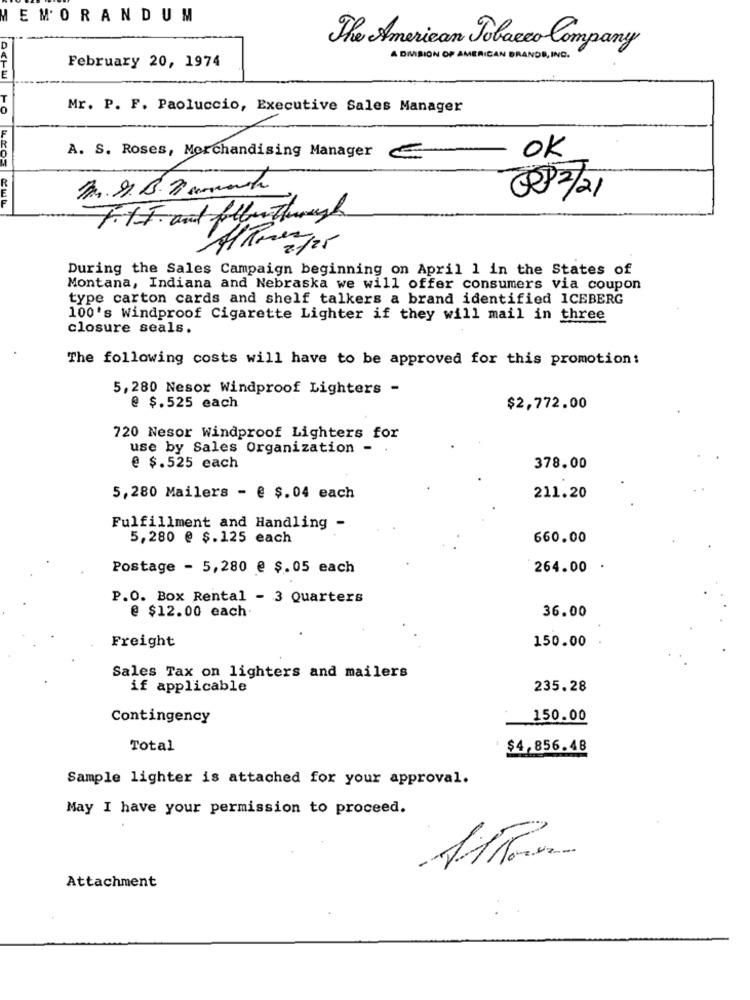
EM'ORANDUM
D
The American Tobacco Company
A DIVISION OF AMERICAN BRAND, INC.
February 20, 1974
Mr. P. F. Paoluccio, Executive Sales Manager
A. S. Roses, Merchandising Manager
OK
LEOS
@P2/21
During the Sales Campaign beginning on April 1 in the States of
Montana, Indiana and Nebraska we will offer consumers via coupon
type carton cards and shelf talkers a brand identified ICEBERG
100's Windproof Cigarette Lighter if they will mail in three
closure seals.
The following costs will have to be approved for this promotion:
5, 280 Nesor Windproof Lighters -
@ $.525 each
$2,772.00
720 Nesor Windproof Lighters for
use by Sales Organization -
@ $.525 each
378.00
5,280 Mailers - @ $. 04 each
211.20
Fulfillment and Handling -
5,280 @ $.125 each
660.00
Postage - 5,280 @ $.05 each
264.00
P.O. Box Rental - 3 Quarters
@ $12.00 each.
36.00
Freight
150.00
Sales Tax on lighters and mailers
if applicable
235.28
Contingency
150.00
Total
$4,856.48
Sample lighter is attached for your approval.
May I have your permission to proceed.
Attachment